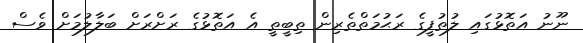
ނޫނު އަތޮޅުގައި ލުތުފީގެ ރަޙުމަތްތެރިން ތިބީތީ އެ އަތޮޅުގެ ރަށްރަށް ބަލާލުމަށް ވެސް